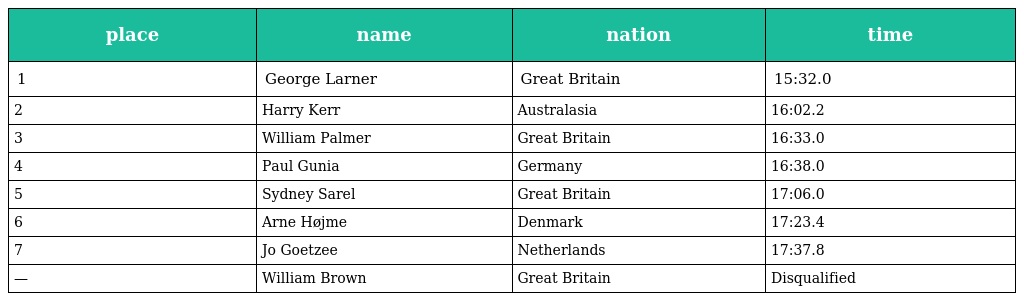
| place | name | nation | time |
 | --- | --- | --- | --- |
 | 1 | George Larner | Great Britain | 15:32.0 |
 | 2 | Harry Kerr | Australasia | 16:02.2 |
 | 3 | William Palmer | Great Britain | 16:33.0 |
 | 4 | Paul Gunia | Germany | 16:38.0 |
 | 5 | Sydney Sarel | Great Britain | 17:06.0 |
 | 6 | Arne Højme | Denmark | 17:23.4 |
 | 7 | Jo Goetzee | Netherlands | 17:37.8 |
 | — | William Brown | Great Britain | Disqualified |